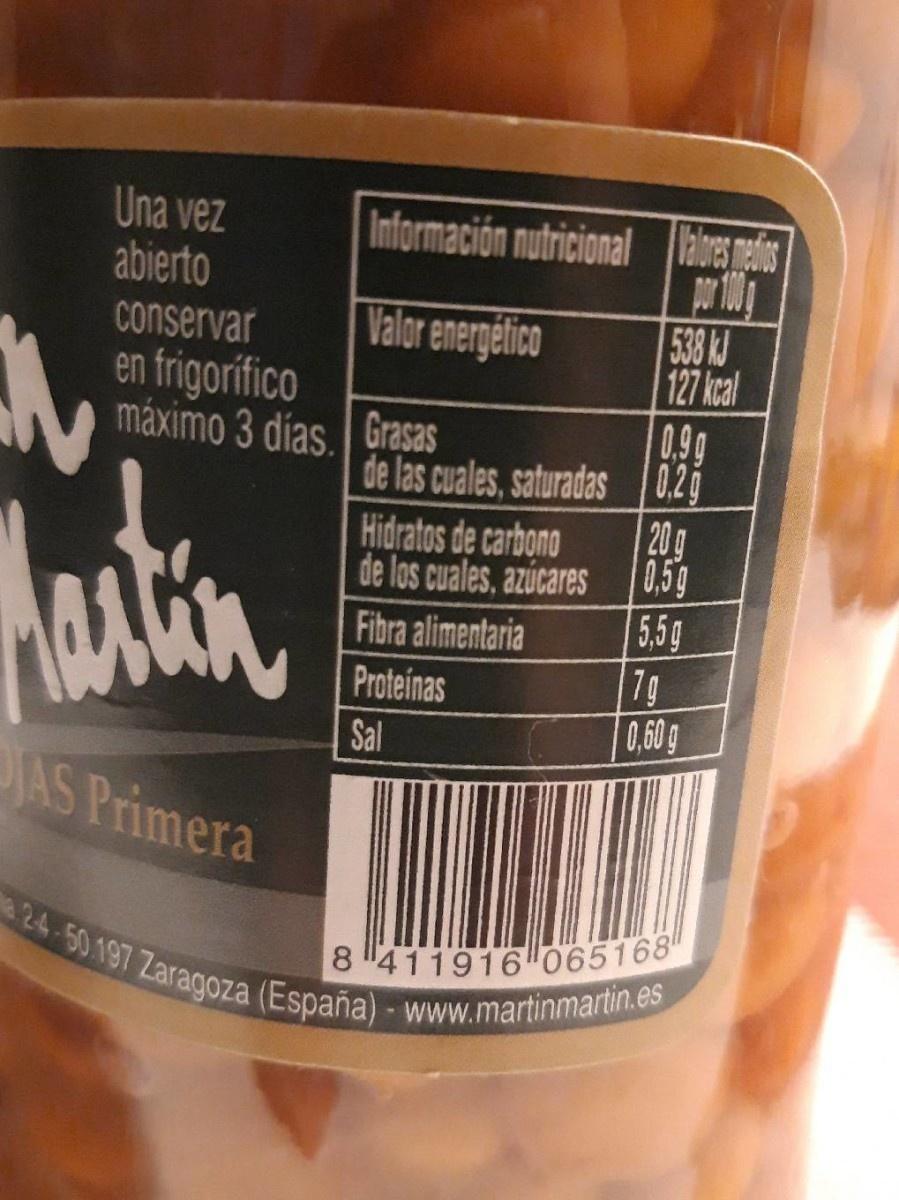
Una vez abierto
Información nutricional alores eis
Valor energético
538 J 127 kcal 0.9g de las cuales, saturadas 0.2g 20g 0,5g
conservar en frigorífico máximo 3 días. Grasas
Hidratos de carbono
de los cuales, azúcares 5,5g 7g 0,60g
Fibra alimentaria
Proteinas
Sal
JAS Primera
24 50197 Zaragoza (España) - www.martinmartin.es
8 "411916 065168"